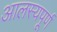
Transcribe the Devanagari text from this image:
आलस्यपूर्ण